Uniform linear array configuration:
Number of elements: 12
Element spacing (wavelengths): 0.25
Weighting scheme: hann
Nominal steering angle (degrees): -60
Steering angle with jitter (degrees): -58.549
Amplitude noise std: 0.05
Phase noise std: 0.05

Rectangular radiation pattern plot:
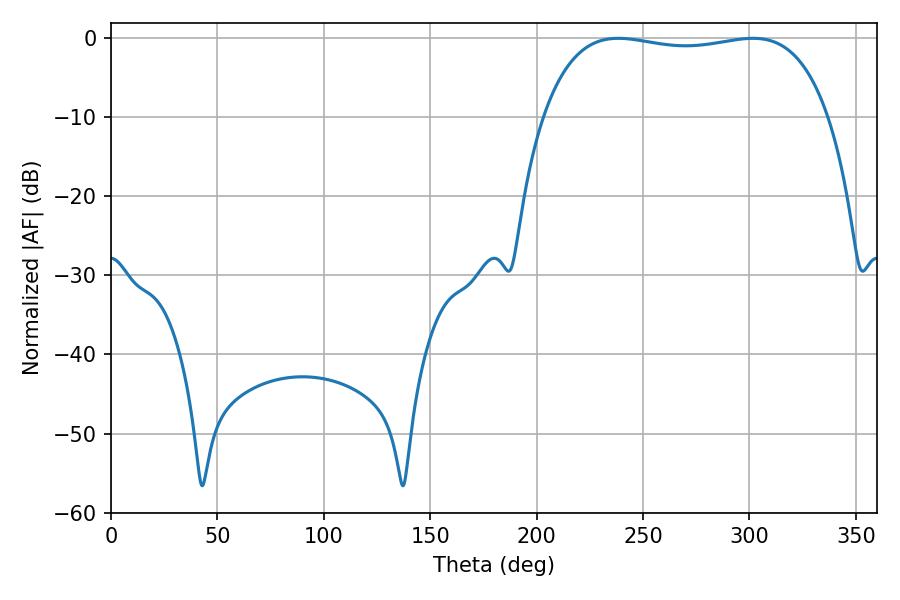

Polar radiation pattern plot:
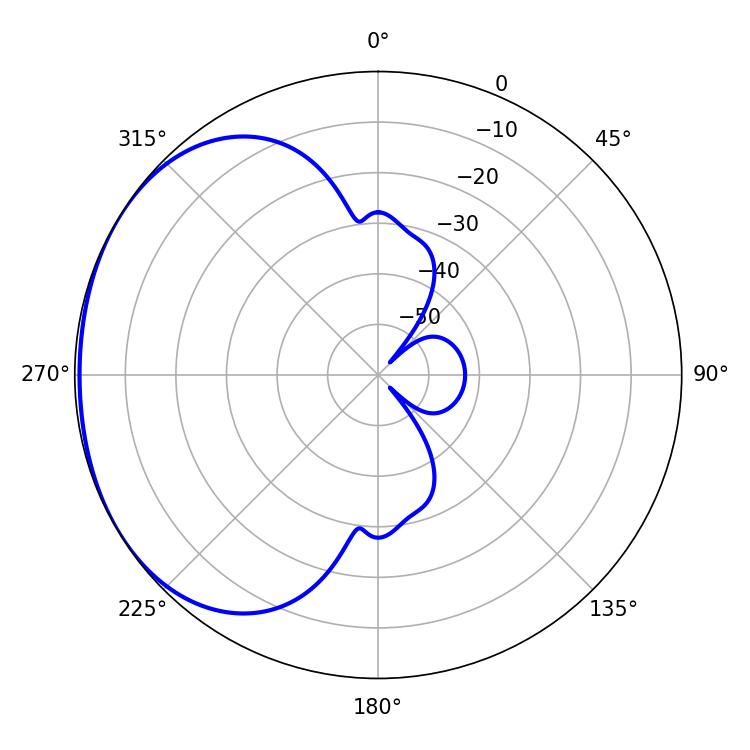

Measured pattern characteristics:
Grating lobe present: FALSE
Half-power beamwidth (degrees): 107.64
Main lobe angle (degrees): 238.32